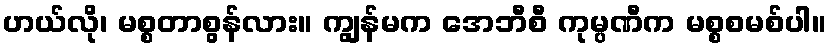
ဟယ်လို၊ မစ္စတာစွန်လား။ ကျွန်မက အေဘီစီ ကုမ္ပဏီက မစ္စစမစ်ပါ။